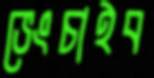
ভেংচাইব